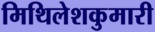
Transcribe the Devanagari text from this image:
मिथिलेशकुमारी